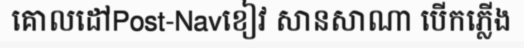
គោលដៅPost-Navខៀវ សានសាណា បើកភ្លើង